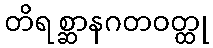
တိရစ္ဆာနဂတဝတ္ထု